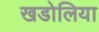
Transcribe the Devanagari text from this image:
खडोलिया